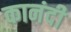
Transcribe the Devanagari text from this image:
कानंदी